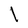
Character: l